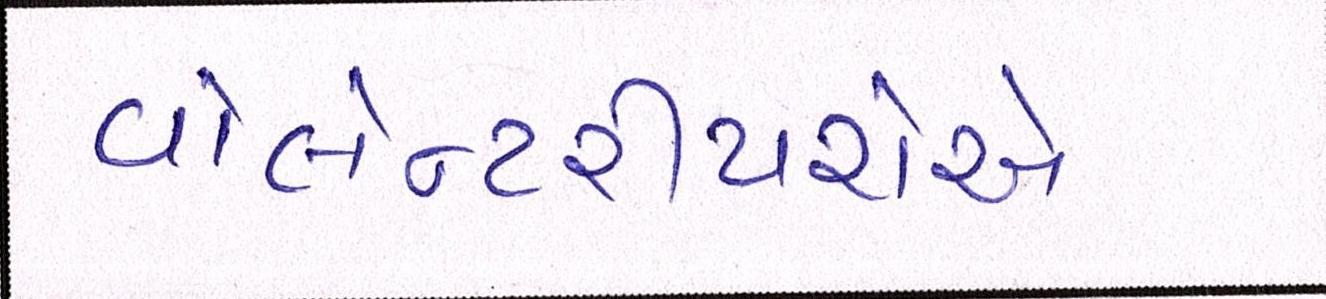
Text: વોલેન્ટરીયરોએ